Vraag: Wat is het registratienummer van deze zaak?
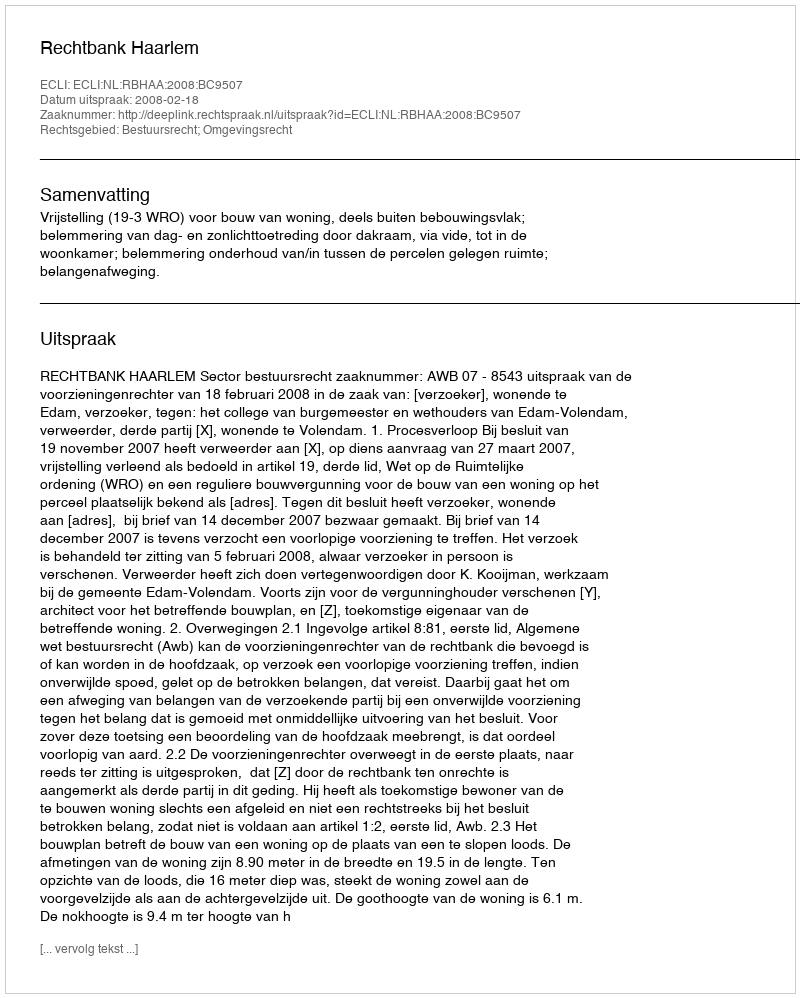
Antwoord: http://deeplink.rechtspraak.nl/uitspraak?id=ECLI:NL:RBHAA:2008:BC9507